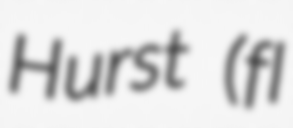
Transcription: Hurst (fl